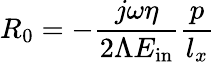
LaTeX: R_{0}=-\frac{j\omega\eta}{2\Lambda E_{\mathrm{in}}}\frac{p}{l_{x}}